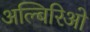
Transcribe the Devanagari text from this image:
अल्बिरिओ